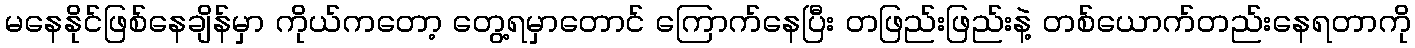
မနေနိုင်ဖြစ်နေချိန်မှာ ကိုယ်ကတော့ တွေ့ရမှာတောင် ကြောက်နေပြီး တဖြည်းဖြည်းနဲ့ တစ်ယောက်တည်းနေရတာကို